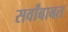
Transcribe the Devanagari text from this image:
सर्वांबाबत